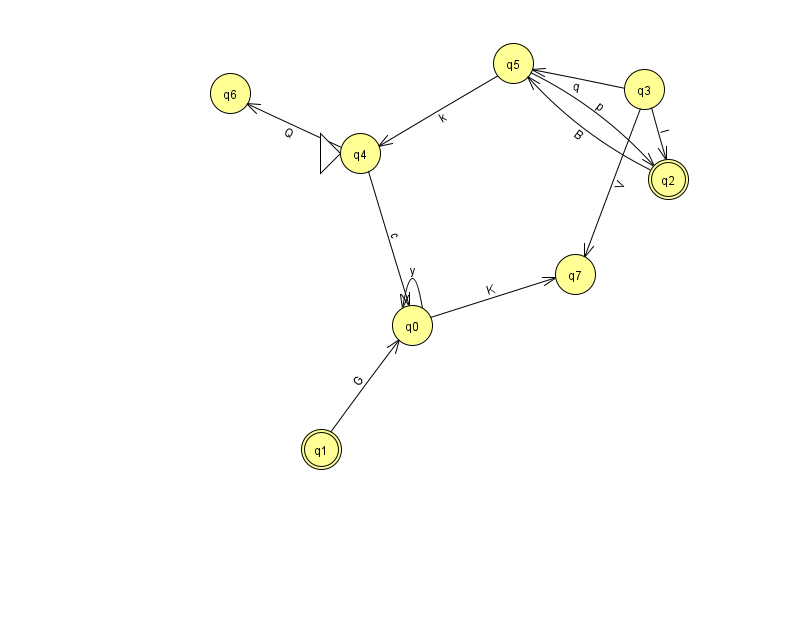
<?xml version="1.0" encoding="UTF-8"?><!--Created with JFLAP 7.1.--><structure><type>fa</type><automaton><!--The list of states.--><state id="0" name="q0"><x>412.0</x><y>312.0</y></state><state id="1" name="q1"><x>321.0</x><y>436.0</y><final/></state><state id="2" name="q2"><x>668.0</x><y>166.0</y><final/></state><state id="3" name="q3"><x>644.0</x><y>76.0</y></state><state id="4" name="q4"><x>360.0</x><y>140.0</y><initial/></state><state id="5" name="q5"><x>513.0</x><y>50.0</y></state><state id="6" name="q6"><x>230.0</x><y>80.0</y></state><state id="7" name="q7"><x>575.0</x><y>261.0</y></state><!--The list of transitions.--><transition><from>4</from><to>6</to><read>Q</read></transition><transition><from>4</from><to>0</to><read>c</read></transition><transition><from>1</from><to>0</to><read>G</read></transition><transition><from>3</from><to>7</to><read>V</read></transition><transition><from>5</from><to>2</to><read>p</read></transition><transition><from>0</from><to>0</to><read>y</read></transition><transition><from>2</from><to>5</to><read>B</read></transition><transition><from>5</from><to>4</to><read>k</read></transition><transition><from>0</from><to>7</to><read>K</read></transition><transition><from>3</from><to>2</to><read>I</read></transition><transition><from>3</from><to>5</to><read>q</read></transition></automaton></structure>